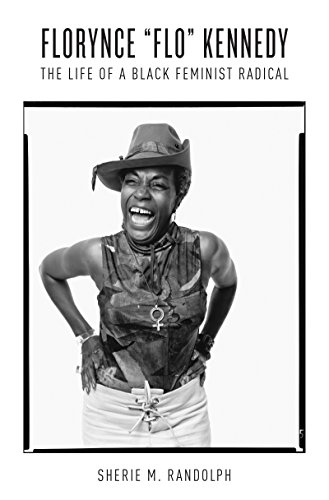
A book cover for Florynce "Flo" Kennedy: The Life of a Black Feminist Radical (Gender and American Culture); Sherie M. Randolph; Law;